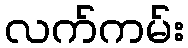
လက်ကမ်း